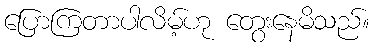
ပြောကြတာပါလိမ့်ဟု တွေးနေမိသည်။